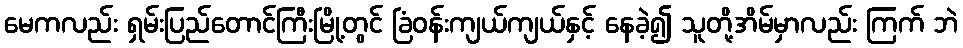
မေကလည်း ရှမ်းပြည်တောင်ကြီးမြို့တွင် ခြံဝန်းကျယ်ကျယ်နှင့် နေခဲ့၍ သူတို့အိမ်မှာလည်း ကြက် ဘဲ